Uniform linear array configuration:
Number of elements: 8
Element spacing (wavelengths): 0.5
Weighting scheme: binomial
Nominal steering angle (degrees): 30
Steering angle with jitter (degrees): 29.705
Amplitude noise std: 0.05
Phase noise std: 0.05

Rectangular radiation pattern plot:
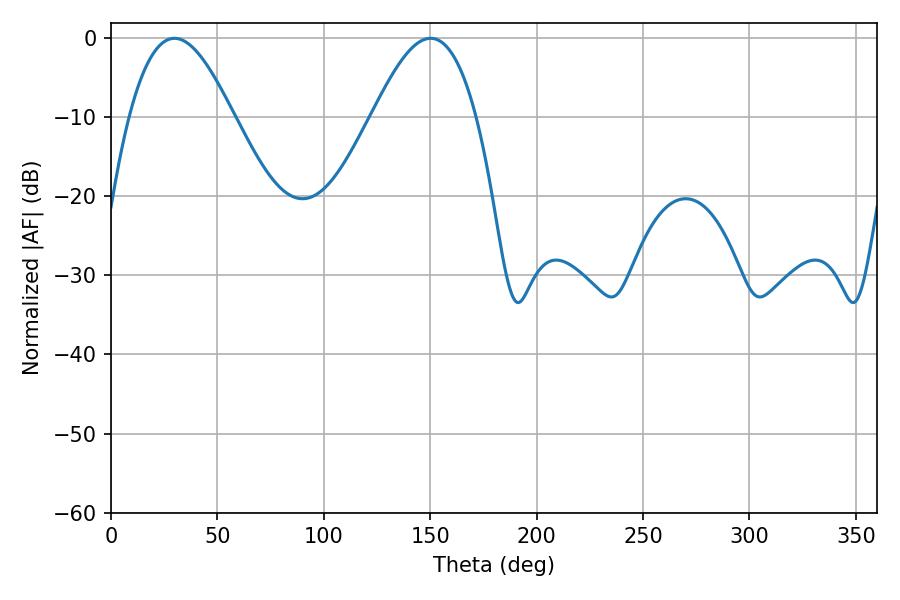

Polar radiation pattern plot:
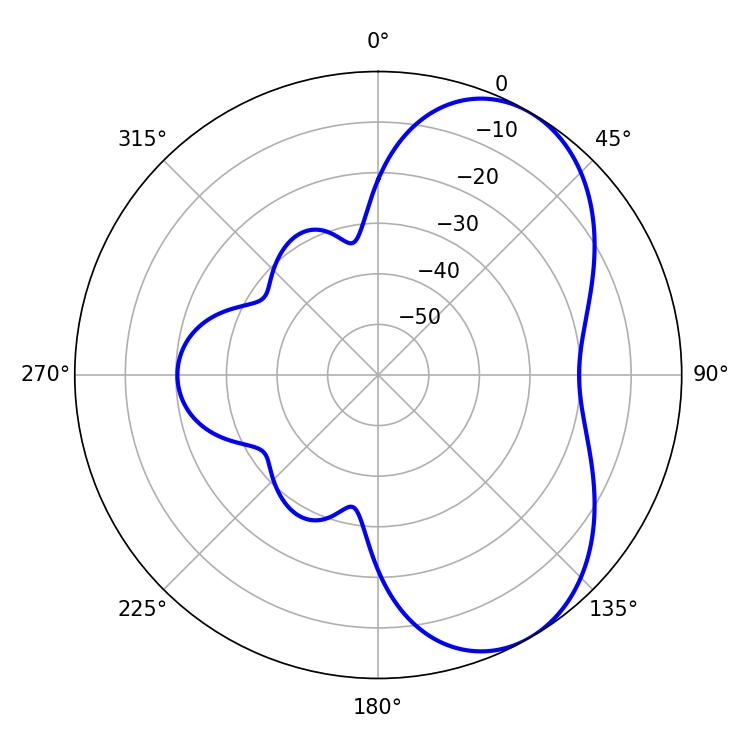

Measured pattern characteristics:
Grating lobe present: FALSE
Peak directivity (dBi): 5.801
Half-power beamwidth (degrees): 26.46
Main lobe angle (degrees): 29.88